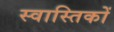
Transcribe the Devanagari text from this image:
स्वास्तिकों